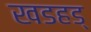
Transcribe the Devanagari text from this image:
खडहड्